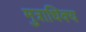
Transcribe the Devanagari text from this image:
मुत्राधिक्य